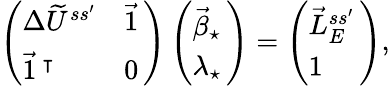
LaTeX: \begin{array}{r}{\left(\begin{array}{ll}{\Delta\widetilde U^{ss^{\prime}}}&{\vec{1}\, }\\ {\vec{1}\, ^{\intercal}}&{0\, }\end{array}\right)\left(\begin{array}{l}{\vec{\beta}_{\star}\, }\\ {\lambda_{\star}\, }\end{array}\right)=\left(\begin{array}{l}{\vec{L}_{E}^{ss^{\prime}}\, }\\ {1}\end{array}\right),}\end{array}